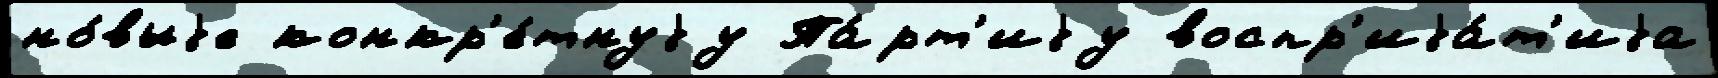
но́выjе конкр'е́тнуjу Па́рт'иjу воспр'иjа́т'иjа